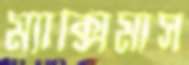
ম্যাক্সিমাস